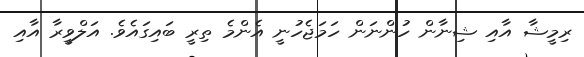
ރިމީޝާ އާއި ޝިނާން ހުންނަން ހަމަޖެހުނީ އެންމެ ތިރީ ބައިގައެވެ. އަލްވީރާ އާއި